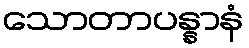
သောတာပန္နာနံ